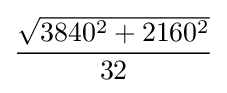
{\frac {\sqrt {3840^{2}+2160^{2}}}{32}}